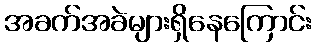
အခက်အခဲများရှိနေကြောင်း